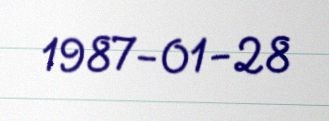
1987-01-28